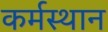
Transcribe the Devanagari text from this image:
कर्मस्थान